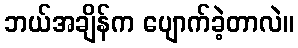
ဘယ်အချိန်က ပျောက်ခဲ့တာလဲ။